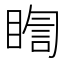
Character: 𭿈